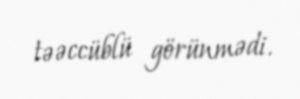
təəccüblü görünmədi.